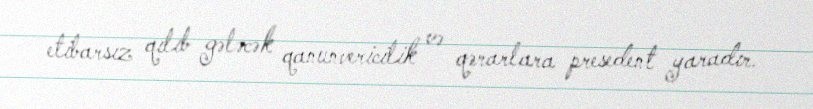
etibarsız qılıb gələcək qanunvericilik və qərarlara presedent yaradır.